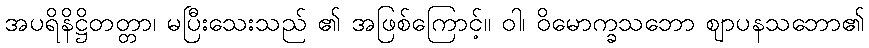
အပရိနိဋ္ဌိတတ္တာ၊ မပြီးသေးသည် ၏ အဖြစ်ကြောင့်။ ဝါ၊ ဝိမောက္ခသဘော ဈာပနသဘော၏